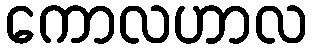
ကောလဟာလ